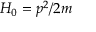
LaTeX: H _ { 0 } = p ^ { 2 } / 2 m